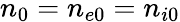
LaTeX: n_{0}=n_{e0}=n_{i0}